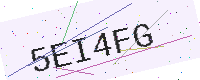
Text: 5EI4FG